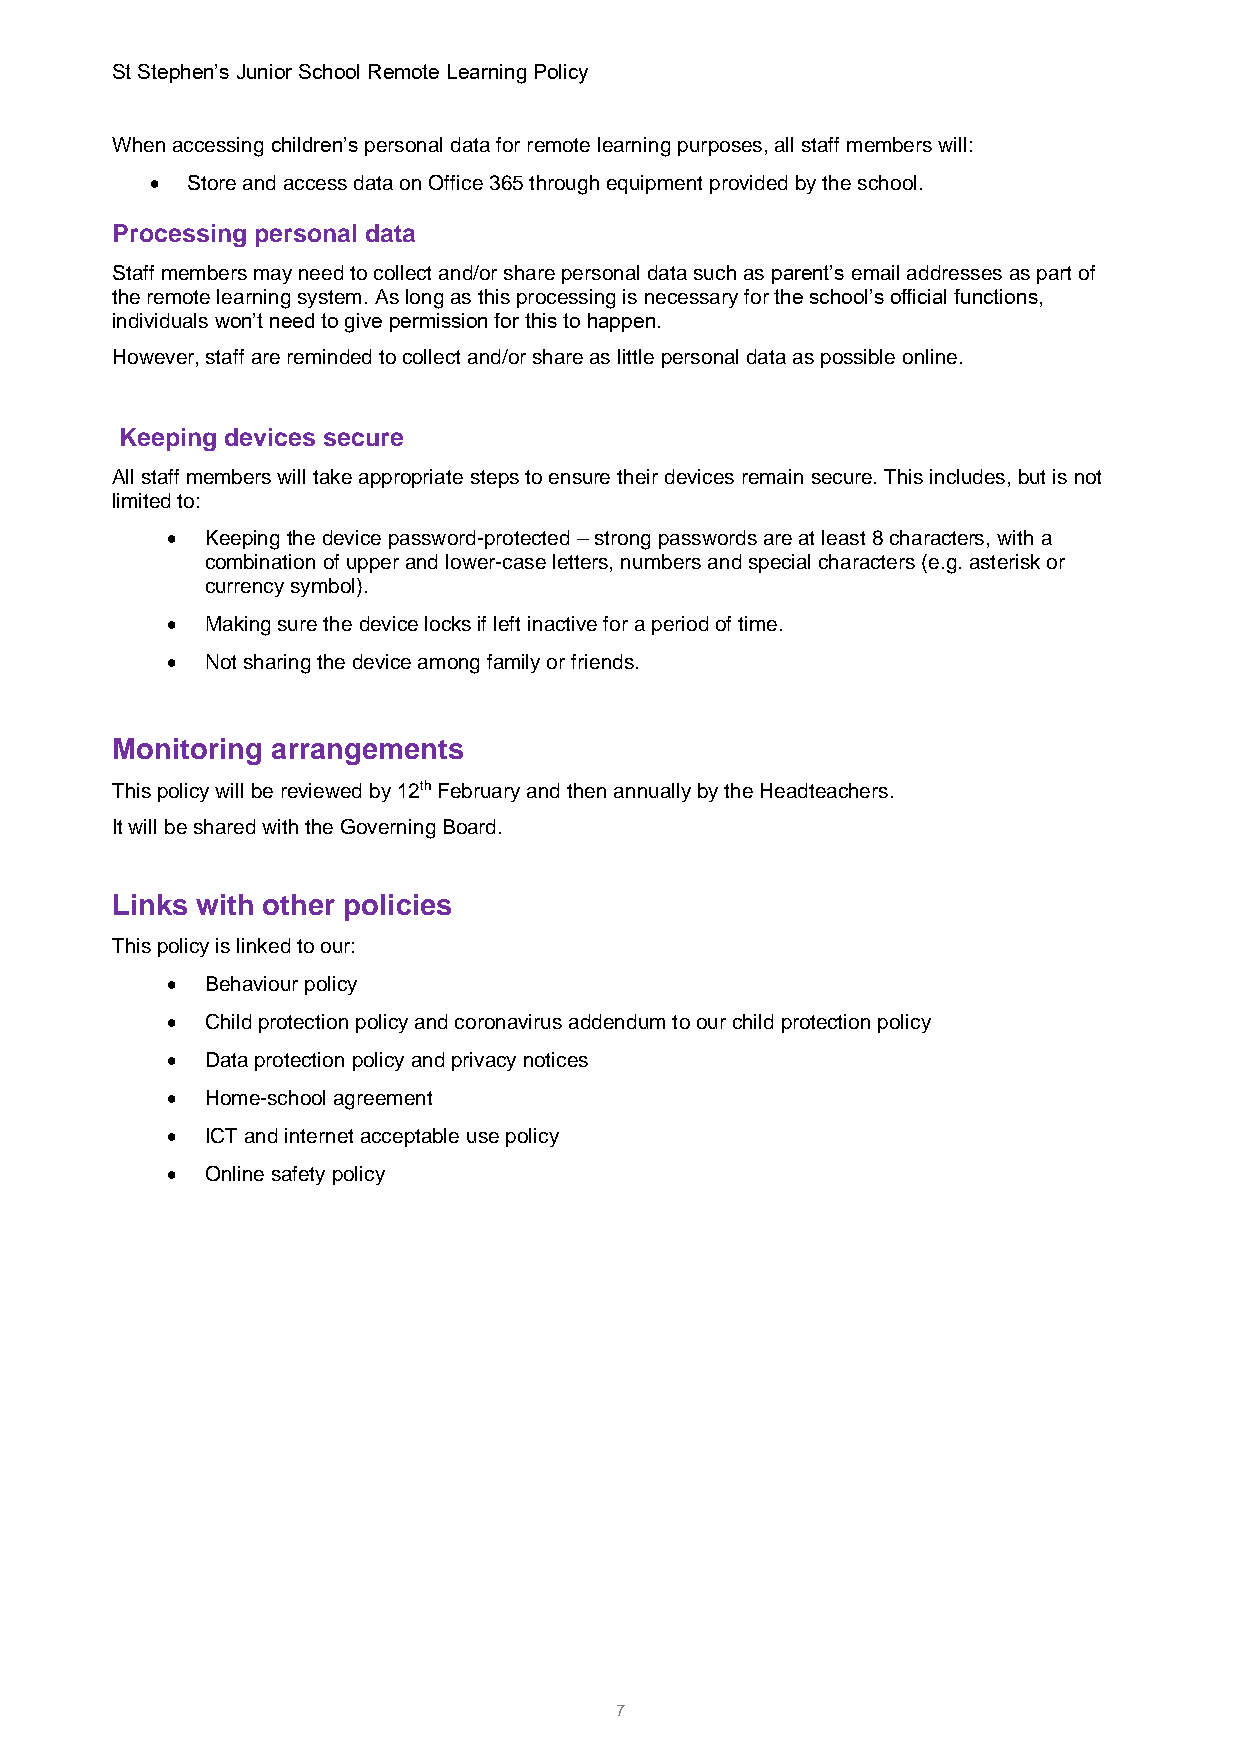
St Stephen’s Junior School Remote Learning Policy
 When accessing children’s personal data for remote learning purposes, all staff members will:
 • Store and access data on Office 365 through equipment provided by the school.
 Processing personal data
 Staff members may need to collect and/or share personal data such as parent’s email addresses as part of
 the remote learning system. As long as this processing is necessary for the school’s official functions,
 individuals won’t need to give permission for this to happen.
 However, staff are reminded to collect and/or share as little personal data as possible online.
 Keeping devices secure
 All staff members will take appropriate steps to ensure their devices remain secure. This includes, but is not
 limited to:
 •  Keeping the device password-protected – strong passwords are at least 8 characters, with a
 combination of upper and lower-case letters, numbers and special characters (e.g. asterisk or
 currency symbol).
 •  Making sure the device locks if left inactive for a period of time.
 •  Not sharing the device among family or friends.
 Monitoring arrangements
 This policy will be reviewed by 12th February and then annually by the Headteachers.
 It will be shared with the Governing Board.
 Links with other policies
 This policy is linked to our:
 •  Behaviour policy
 •  Child protection policy and coronavirus addendum to our child protection policy
 •  Data protection policy and privacy notices
 •  Home-school agreement
 •  ICT and internet acceptable use policy
 •  Online safety policy
 7